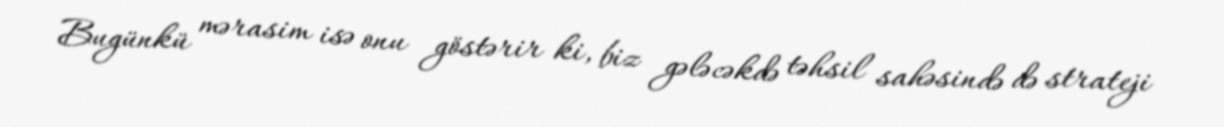
Bugünkü mərasim isə onu göstərir ki, biz gələcəkdə təhsil sahəsində də strateji